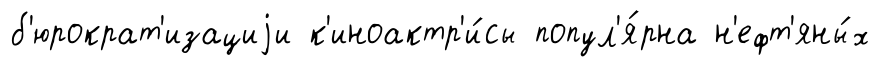
б'юрократ'изациjи к'иноактр'и́сы попул'я́рна н'ефт'яны́х